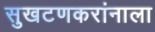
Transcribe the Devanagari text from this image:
सुखटणकरांनाला